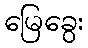
မြေခွေး